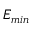
E _ { m i n }